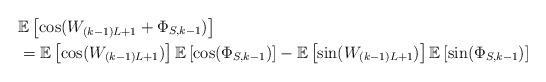
LaTeX: \begin{align*}& \mathbb{E}\left[\cos(W_{(k-1)L+1}+\Phi_{S,k-1})\right] \\&= \mathbb{E}\left[\cos(W_{(k-1)L+1})\right] \mathbb{E}\left[\cos(\Phi_{S,k-1})\right] - \mathbb{E}\left[\sin(W_{(k-1)L+1})\right] \mathbb{E}\left[\sin(\Phi_{S,k-1})\right]\end{align*}